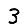
Digit: 3